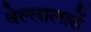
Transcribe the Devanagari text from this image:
वेल्लालारों